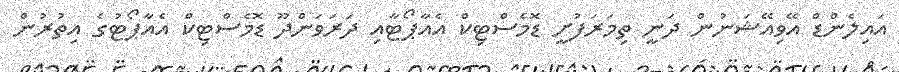
އައިލެންޑް އޭވިއޭޝަނުން ދަނީ ތިމަރަފުށީ ޑޮމެސްޓިކް އެއާޕޯޓާއި ދަރަވަންދޫ ޑޮމެސްޓިކް އެއާޕޯޓުގެ އިތުރުން